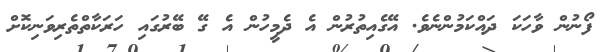
ފޯނުން ވާހަކަ ދައްކަމުންނެވެ. އޭގެއިތުރުން އެ ދެމީހުން އެ ގޭ ބޭރުގައި ހަރަކާތްތެރިވަނިކޮށް